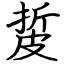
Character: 㿱